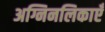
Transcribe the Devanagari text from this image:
अग्निनलिकाएँ